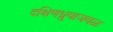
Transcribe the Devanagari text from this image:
दक्षिणध्रुवाजवळ